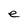
Character: e